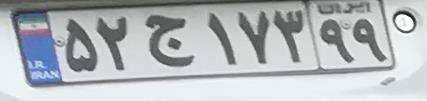
۵۲ج۱۷۳۹۹